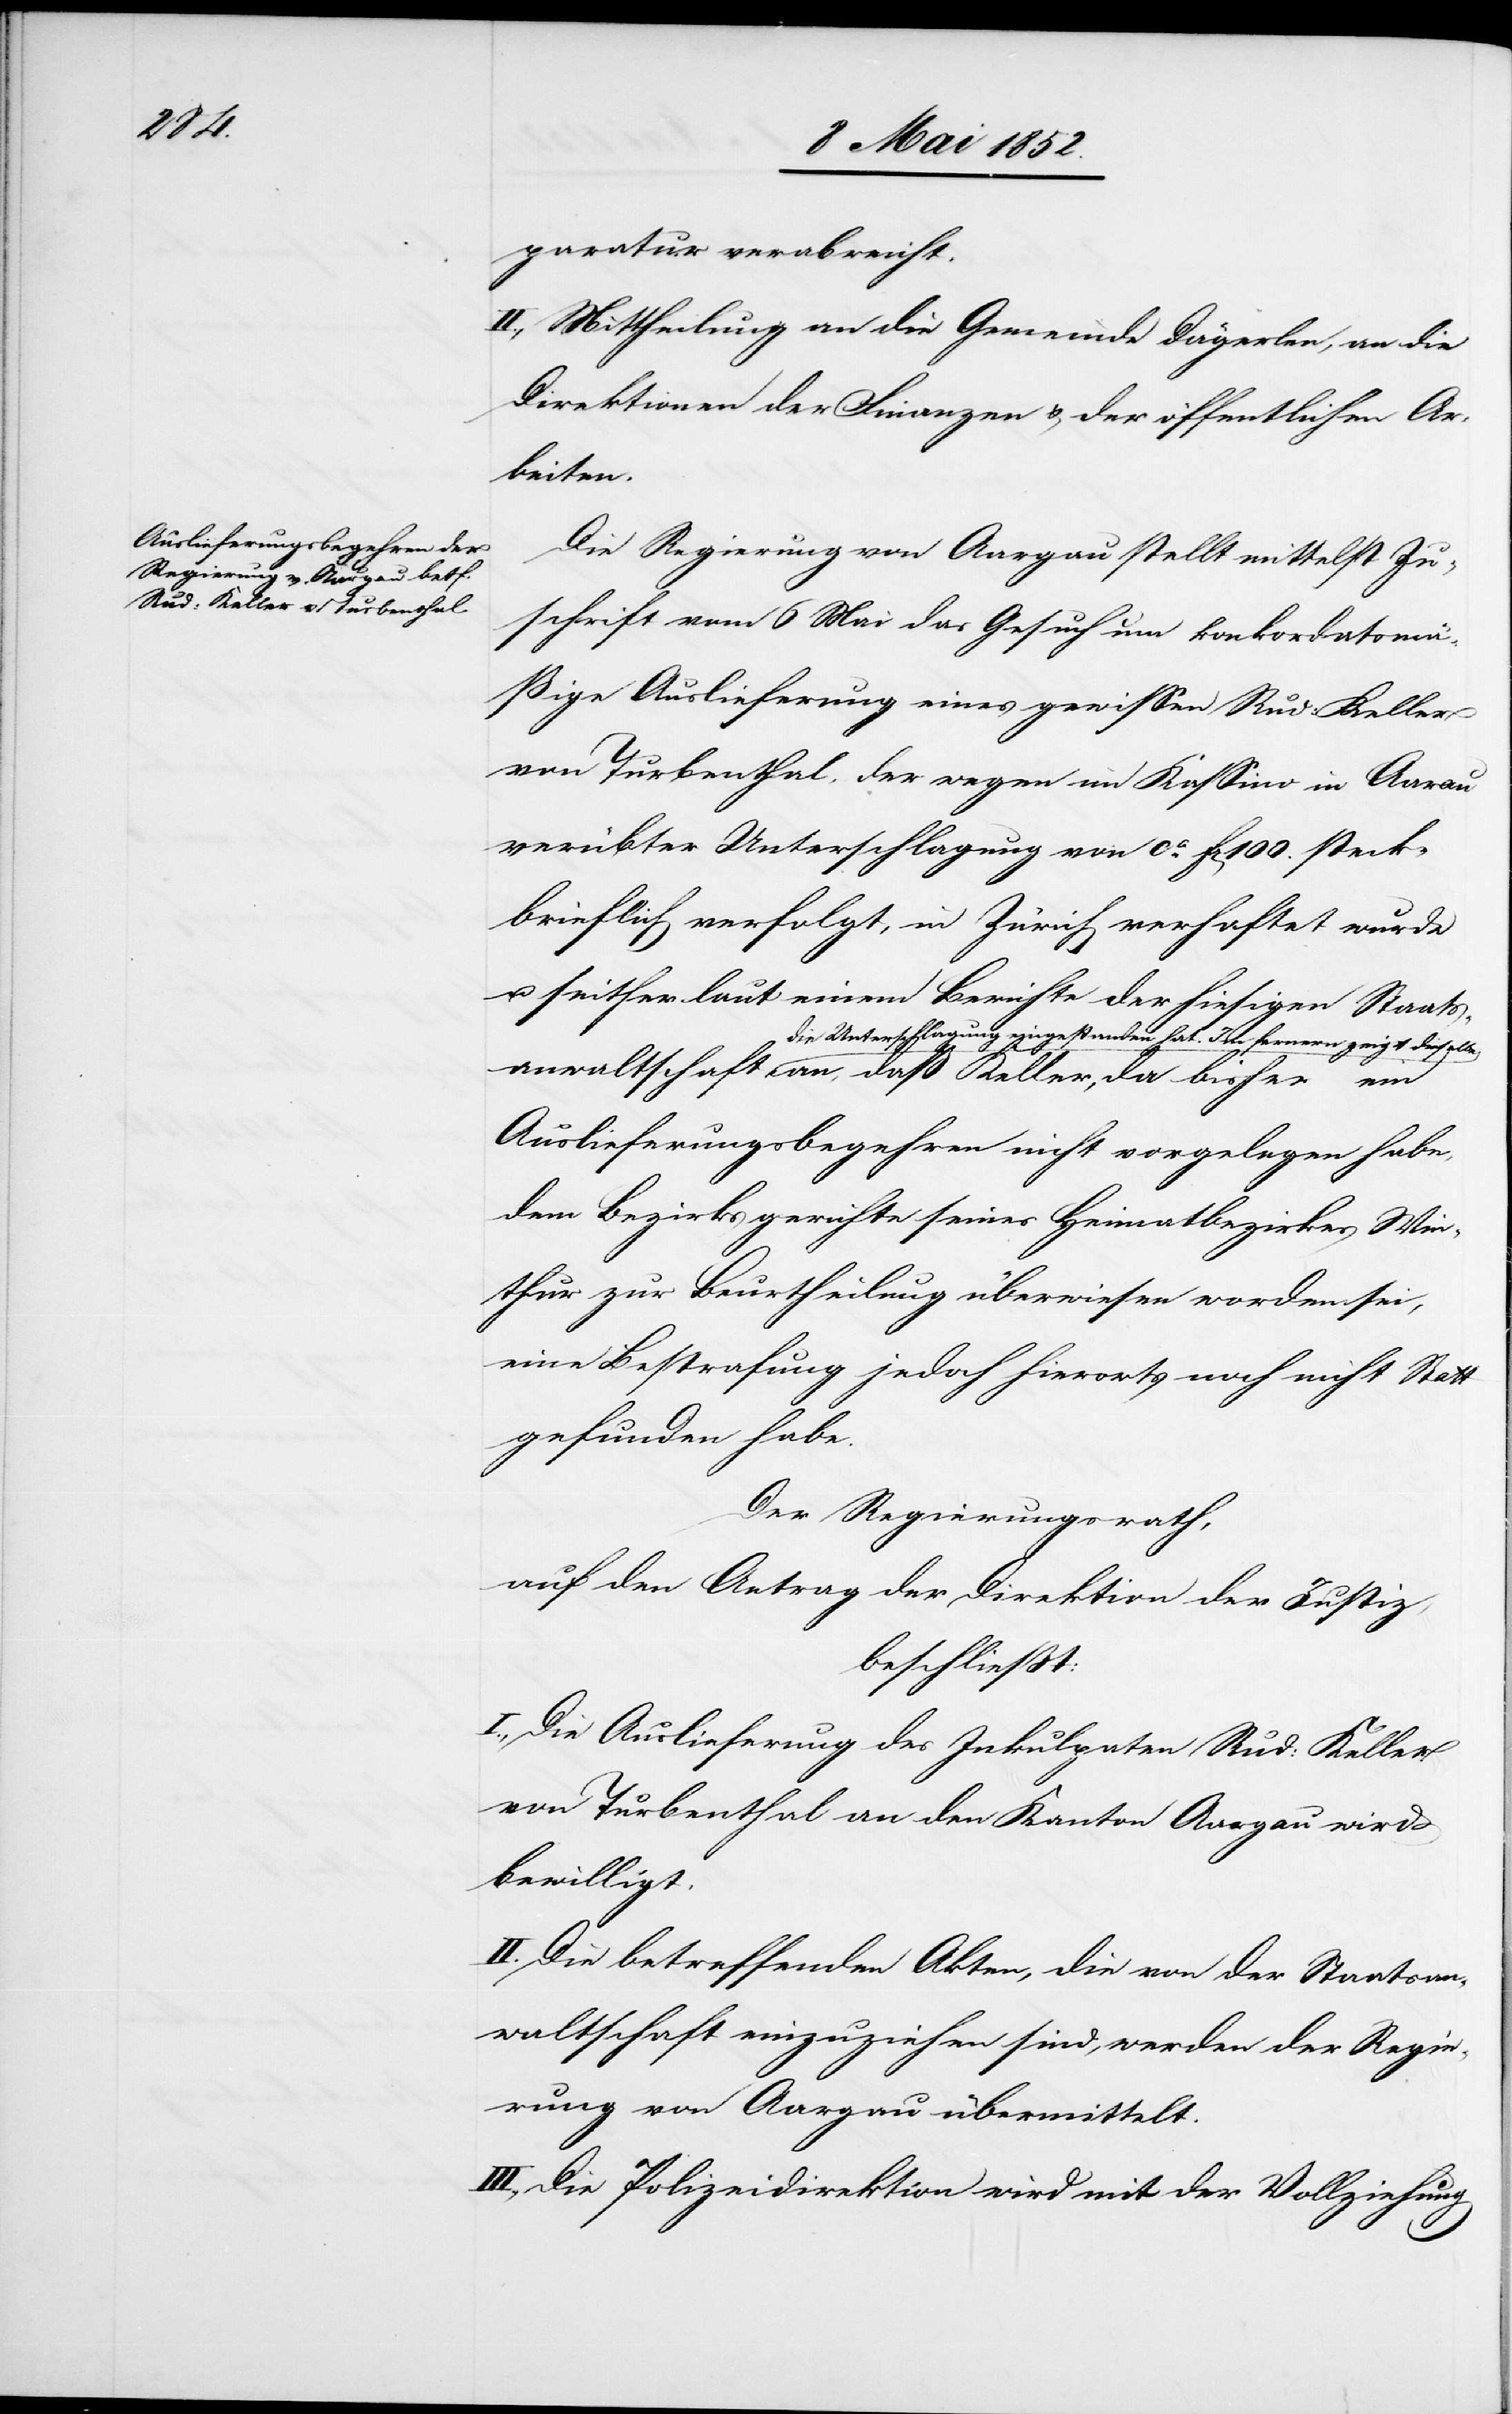
chaft

paratur verabreicht.
II., Mittheilung an die Gemeinde Dägerlen, an die
Direktionen der Finanzen & der öffentlichen Ar¬
beiten.
Die Regierung von Aargau stellt mittelst Zu¬
schrift vom 6 Mai das Gesuch um konkordatsmä¬
ßige Auslieferung eines gewissen Rud: Keller
von Turbenthal, der wegen im Kassino in Aarau
verübter Unterschlagung von ca. f[en] 100. steck¬
brieflich verfolgt, in Zürich verhaftet wurde
u. seither laut einem Berichte der hiesigen Staats¬
die Unterschlagung eingestanden hat. Im fernern zeigt dieselbe
Auslieferungsbegehren nicht vorgelegen habe,
dem Bezirksgerichte seines Heimatbezirkes Win[t¬
er]thur zur Beurtheilung überwiesen worden sei,
eine Bestrafung jedoch hierorts noch nicht Statt
gefunden habe.
Der Regierungsrath,
auf den Antrag der Direktion der Justiz,
beschliesst:
I., Die Auslieferung des Inkulpaten Rud: Keller
von Turbenthal an den Kanton Aargau wird
bewilligt.
II. Die betreffenden Akten, die von der Staatsan¬
waltschaft einzuziehen sind, werden der Regie¬
rung von Aargau übermittelt.
III., Die Polizeidirektion wird mit der Vollziehung